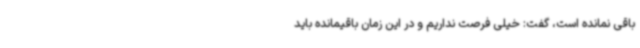
باقی نمانده است، گفت: خیلی فرصت نداریم و در این زمان باقیمانده باید